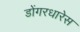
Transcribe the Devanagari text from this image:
डोंगरधारेस